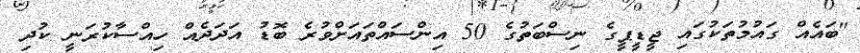
"ބައެއް ގައުމުތަކުގައި ޖީޑީޕީގެ ނިސްބަތުގެ 50 އިންސައްތައަށްވުރެ ބޮޑު އަދަދެއް ހިއްސާކުރަނީ ކުދި